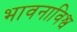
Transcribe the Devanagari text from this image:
भावनाविश्व